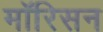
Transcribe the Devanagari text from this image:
मॉरिसन